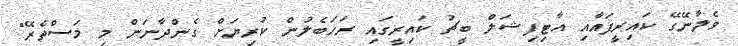
ވެލާނޭގޭ ކައިރީފައާއި އާޓިފިޝަލް ބީޗު ކައިރީގައި ރަހަބެލުން ކުރިޔަށް ގެންދާނަން މި މަސްތެރޭ"